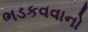
ભડકવવાનો